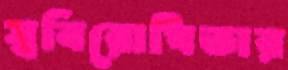
স্ববিরোধিতার